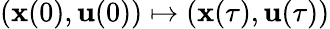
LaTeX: (\mathbf{x}(0),\mathbf{u}(0))\mapsto(\mathbf{x}(\tau),\mathbf{u}(\tau))